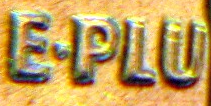
E.PLU